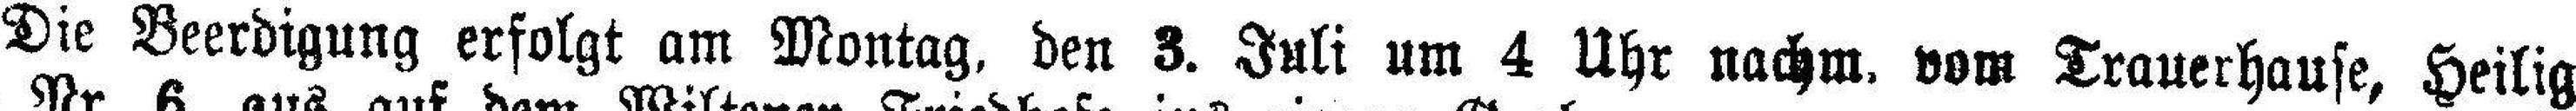
Die Beerdigung erfolgt am Montag, den 3. Juli um 4 Uhr nachm. vom Trauerhause, Heilig